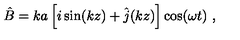
\hat { B } = k a \left[ i \sin ( k z ) + \hat { j } ( k z ) \right] \cos ( \omega t ) \ ,